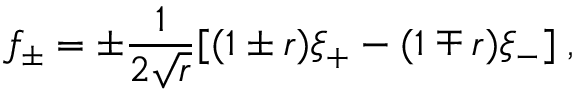
f _ { \pm } = \pm \frac { 1 } { 2 \sqrt { r } } [ ( 1 \pm r ) \xi _ { + } - ( 1 \mp r ) \xi _ { - } ] \; ,